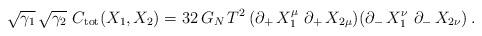
LaTeX: \begin{align*}\sqrt{\gamma_1} \, \sqrt{\gamma_2} \ C_{\rm tot} (X_1 , X_2) = 32 \, G_N\, T^2 \, (\partial_+ \, X_1^{\mu} \ \partial_+ \, X_{2 \mu})(\partial_- \, X_1^{\nu} \ \partial_- \, X_{2 \nu}) \, . \end{align*}